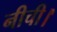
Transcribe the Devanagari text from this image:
नीची।